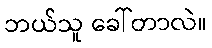
ဘယ်သူ ခေါ်တာလဲ။